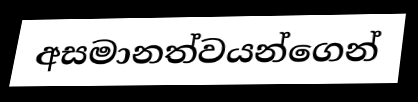
අසමානත්වයන්ගෙන්